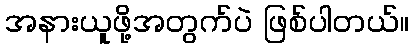
အနားယူဖို့အတွက်ပဲ ဖြစ်ပါတယ်။